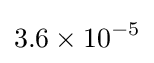
3.6\times 10^{-5}